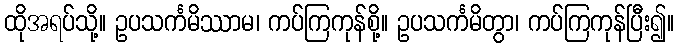
ထိုအရပ်သို့။ ဥပသင်္ကမိဿာမ၊ ကပ်ကြကုန်စို့။ ဥပသင်္ကမိတွာ၊ ကပ်ကြကုန်ပြီး၍။